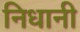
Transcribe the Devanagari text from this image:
निधानी